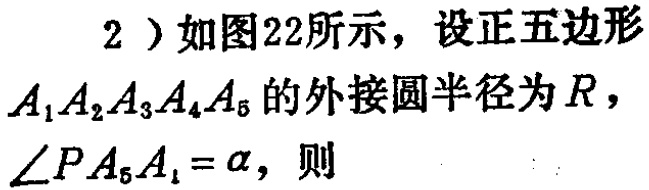
2）如图22所示，设正五边形\(A_{1}A_{2}A_{3}A_{4}A_{5}\)的外接圆半径为\(R\)，\(\angle PA_{5}A_{1}=\alpha\)，则